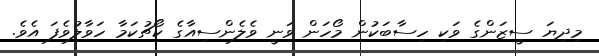
މިދިޔަ ސީޒަންގެ ވަކި ހިސާބަކުން މޯހަން ވަނީ ވެލެންސިއާގެ ކޯޗުކަމާ ހަވާލުވެފަ އެވެ.